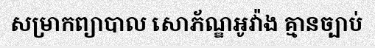
សម្រាកព្យាបាល សោភ័ណ្ឌអូវ៉ាង គ្មានច្បាប់